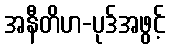
အနီတိဟ-ပုဒ်အဖွင့်